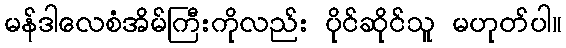
မန်ဒါလေစံအိမ်ကြီးကိုလည်း ပိုင်ဆိုင်သူ မဟုတ်ပါ။